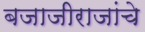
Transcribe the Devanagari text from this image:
बजाजीराजांचे